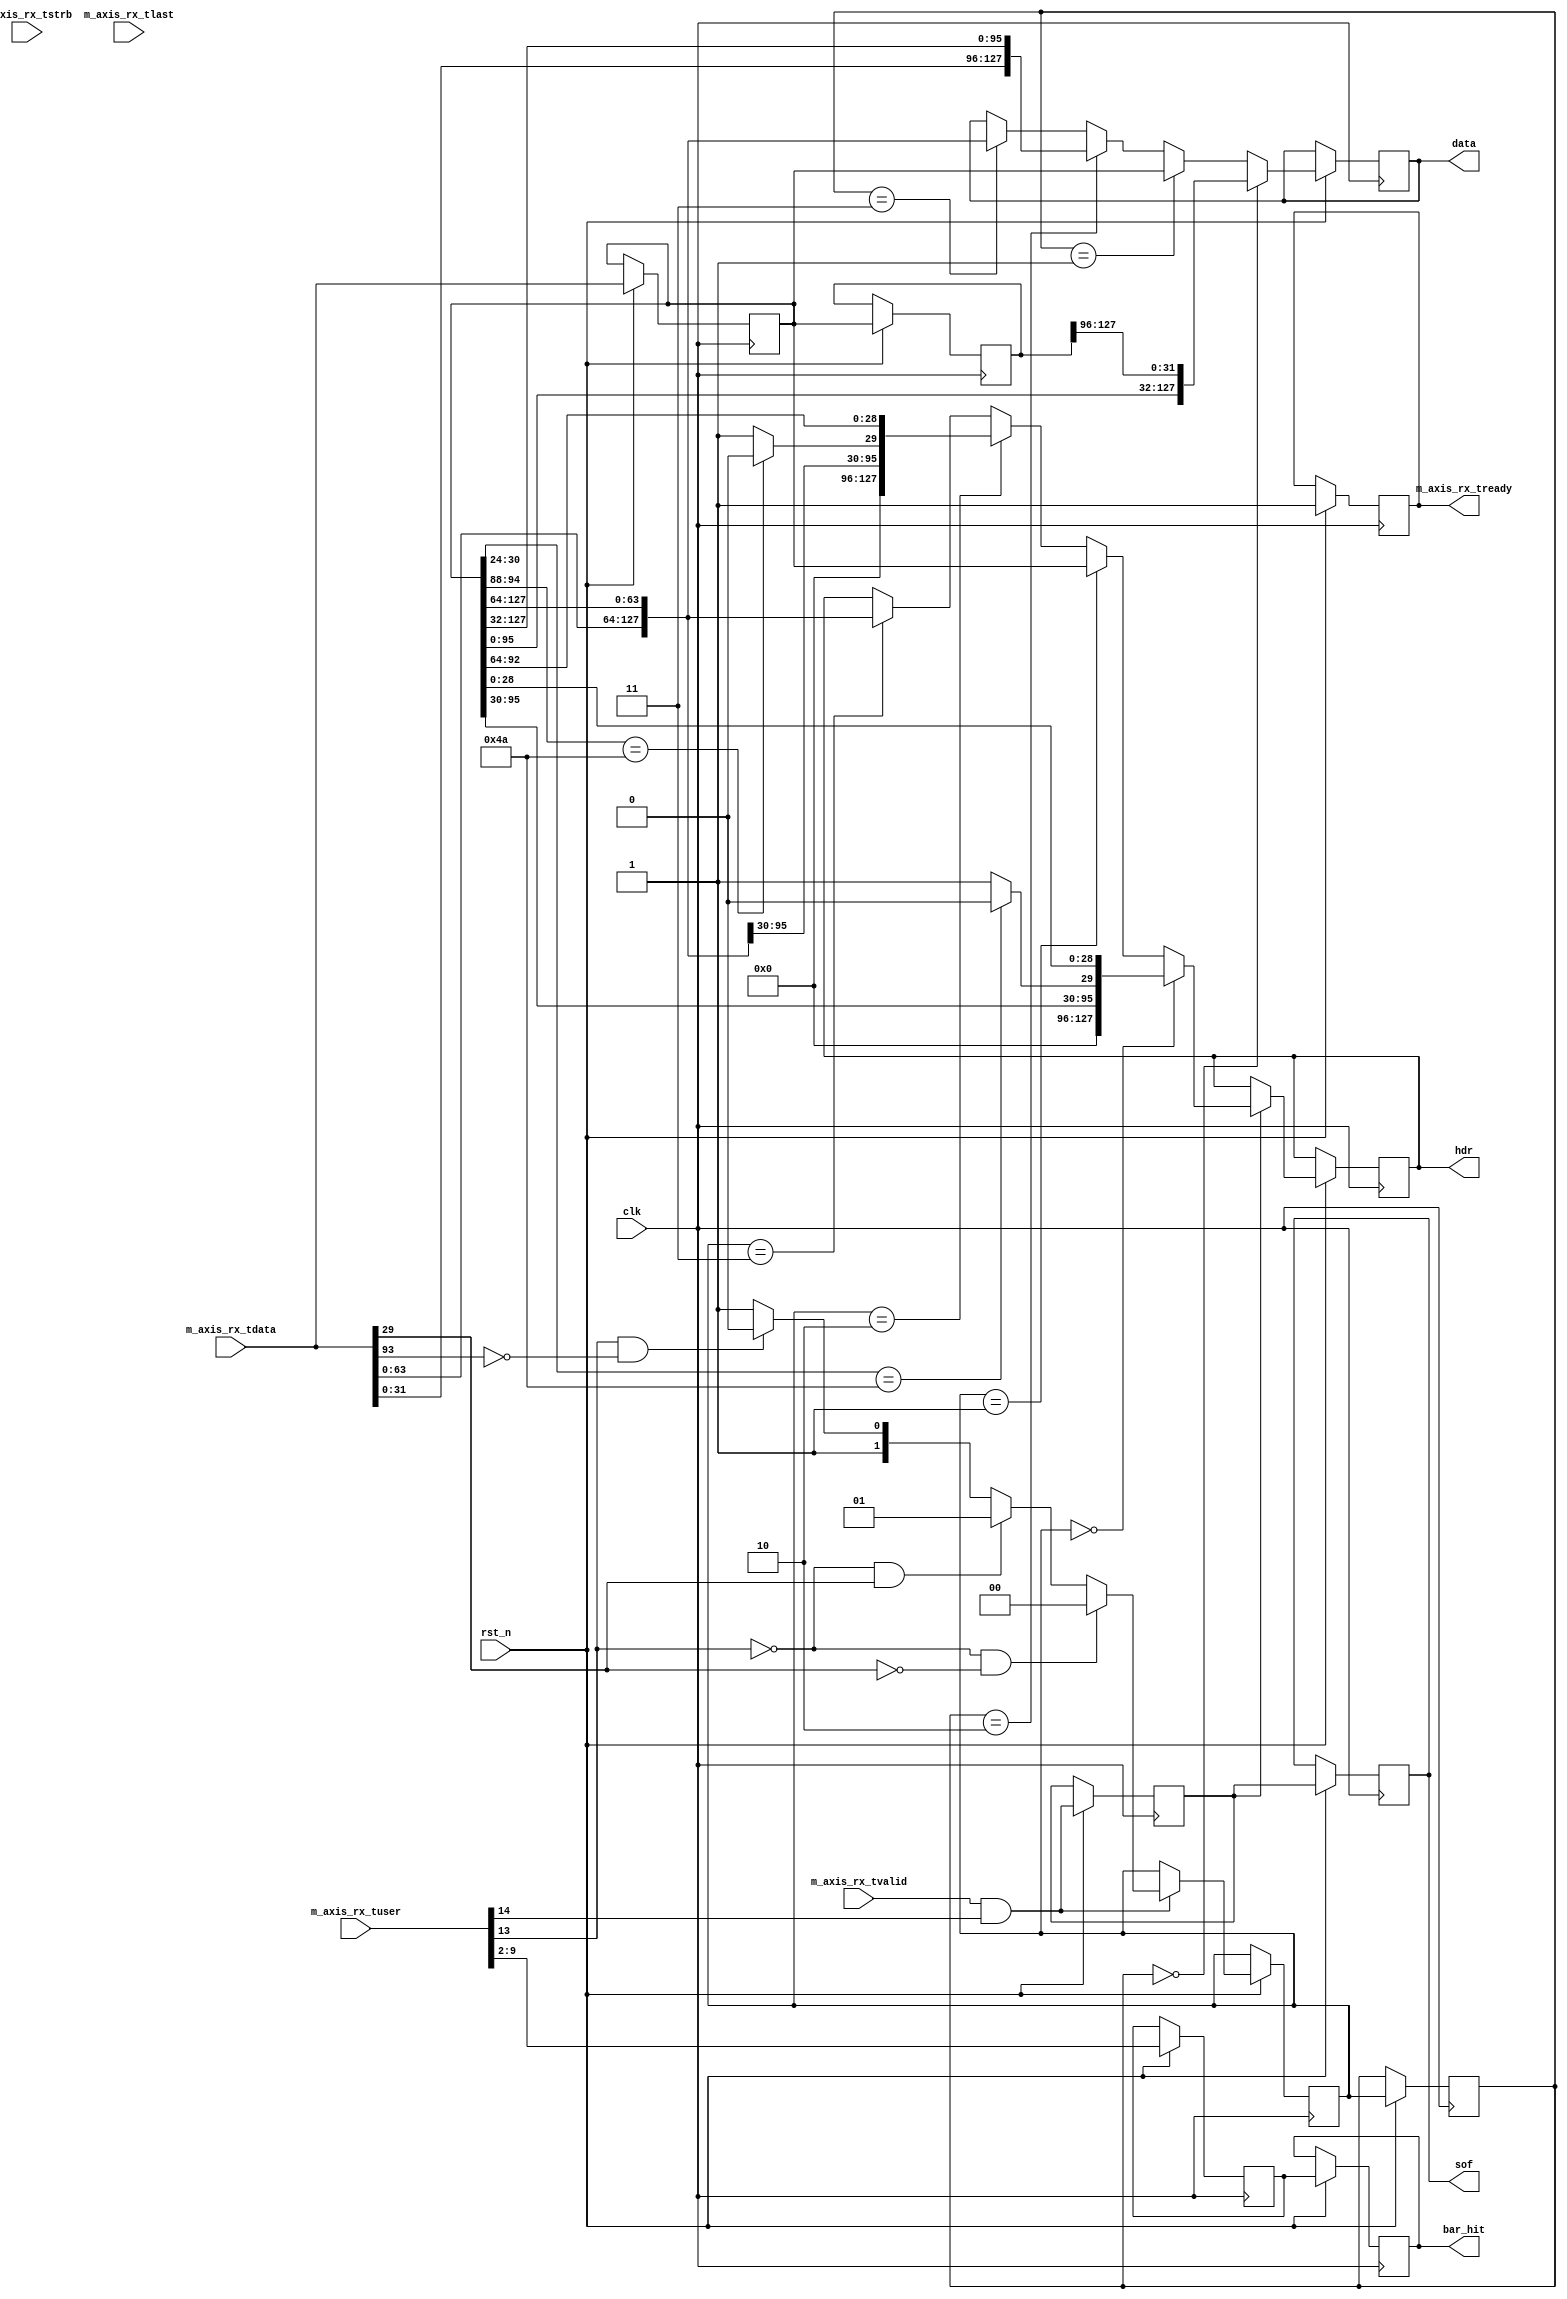
module PCIeHdrAlignSplit (
    input           clk,
    input           rst_n,

    // AXI-S
    input  [127:0]  m_axis_rx_tdata,
    input  [15:0]   m_axis_rx_tstrb,
    input           m_axis_rx_tlast,
    input           m_axis_rx_tvalid,
    output reg      m_axis_rx_tready,
    input  [21:0]   m_axis_rx_tuser,
    
    output reg [127:0]  hdr,
    output reg [127:0]  data,
    output              sof,
    output [7:0]        bar_hit
    );
    
    localparam TCQ = 1;
    localparam ALIGN_3 = 2'b00;
    localparam ALIGN_4 = 2'b01;
    localparam ALIGN_5 = 2'b10;
    localparam ALIGN_6 = 2'b11;
    
    reg [1:0]   align_q, align_qq;
    reg         valid_q, valid_qq, valid_qqq;
    reg         sof_q, sof_qq;
    reg [7:0]   bar_hit_q, bar_hit_qq, ha_bar_hit;
    reg [127:0] tdata_q, tdata_qq, tdata_qqq;
    wire        eof = m_axis_rx_tuser[21];
    wire [127:0] tdata = m_axis_rx_tdata;
    
    // assign the outputs
    assign sof      = sof_qq;
    assign bar_hit  = bar_hit_qq;
    
    always @(posedge clk) begin
        if (!rst_n) begin
            
        end else begin
            m_axis_rx_tready    <= 1;
            
            sof_q       <= m_axis_rx_tvalid && m_axis_rx_tuser[14];
            sof_qq      <= sof_q;
            align_qq    <= align_q;
            valid_q     <= m_axis_rx_tvalid;
            valid_qq    <= valid_q;
            valid_qqq   <= valid_qq;
            bar_hit_q   <= m_axis_rx_tuser[9:2];
            bar_hit_qq  <= bar_hit_q;
            
            tdata_q     <= m_axis_rx_tdata;
            tdata_qq    <= tdata_q;
            tdata_qqq   <= tdata_qq;
            
            if (m_axis_rx_tvalid && m_axis_rx_tuser[14]) begin
                if (!m_axis_rx_tuser[13] && !m_axis_rx_tdata[29]) // right-aligned 32b hdr
                    align_q <= ALIGN_3;
                else if (!m_axis_rx_tuser[13] && m_axis_rx_tdata[29]) // right-aligned 64b hdr
                    align_q <= ALIGN_4;
                else if (m_axis_rx_tuser[13] && !m_axis_rx_tdata[29+64]) // mid-aligned 32b hdr
                    align_q <= ALIGN_5;
                else                                                    // mid-aligned 64b hdr
                    align_q <= ALIGN_6;
            end
            
            // load the header, and force it to 64b format (except for CPLDs, which must be 32b).
            if (sof_q) begin
                if      (align_q == ALIGN_3)    hdr <= {32'h0, tdata_q[95:30], ((tdata_q[30:24] == 7'b01001010)?1'b0:1'b1), tdata_q[28:0]};
                else if (align_q == ALIGN_4)    hdr <= tdata_q;
                else if (align_q == ALIGN_5)    hdr <= {32'h0, tdata[31:0], tdata_q[127:30+64], ((tdata_q[30+64:24+64] == 7'b01001010)?1'b0:1'b1), tdata_q[28+64:0+64]};
                else if (align_q == ALIGN_6)    hdr <= {tdata[63:0], tdata_q[127:64]};
            end
            
            if      (align_qq == ALIGN_3)   data <= {tdata_q[95:0], tdata_qq[127:96]};
            else if (align_qq == ALIGN_4)   data <= tdata_q;
            else if (align_qq == ALIGN_5)   data <= {tdata[31:0], tdata_q[127:32]};
            else if (align_qq == ALIGN_6)   data <= {tdata[63:0], tdata_q[127:64]};
        end
    end
    
endmodule